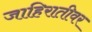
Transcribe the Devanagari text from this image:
जाहिरातीवर